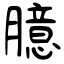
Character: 臆